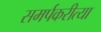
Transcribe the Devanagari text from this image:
समर्पकरीत्या